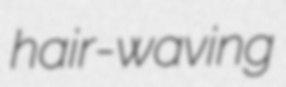
hair-waving